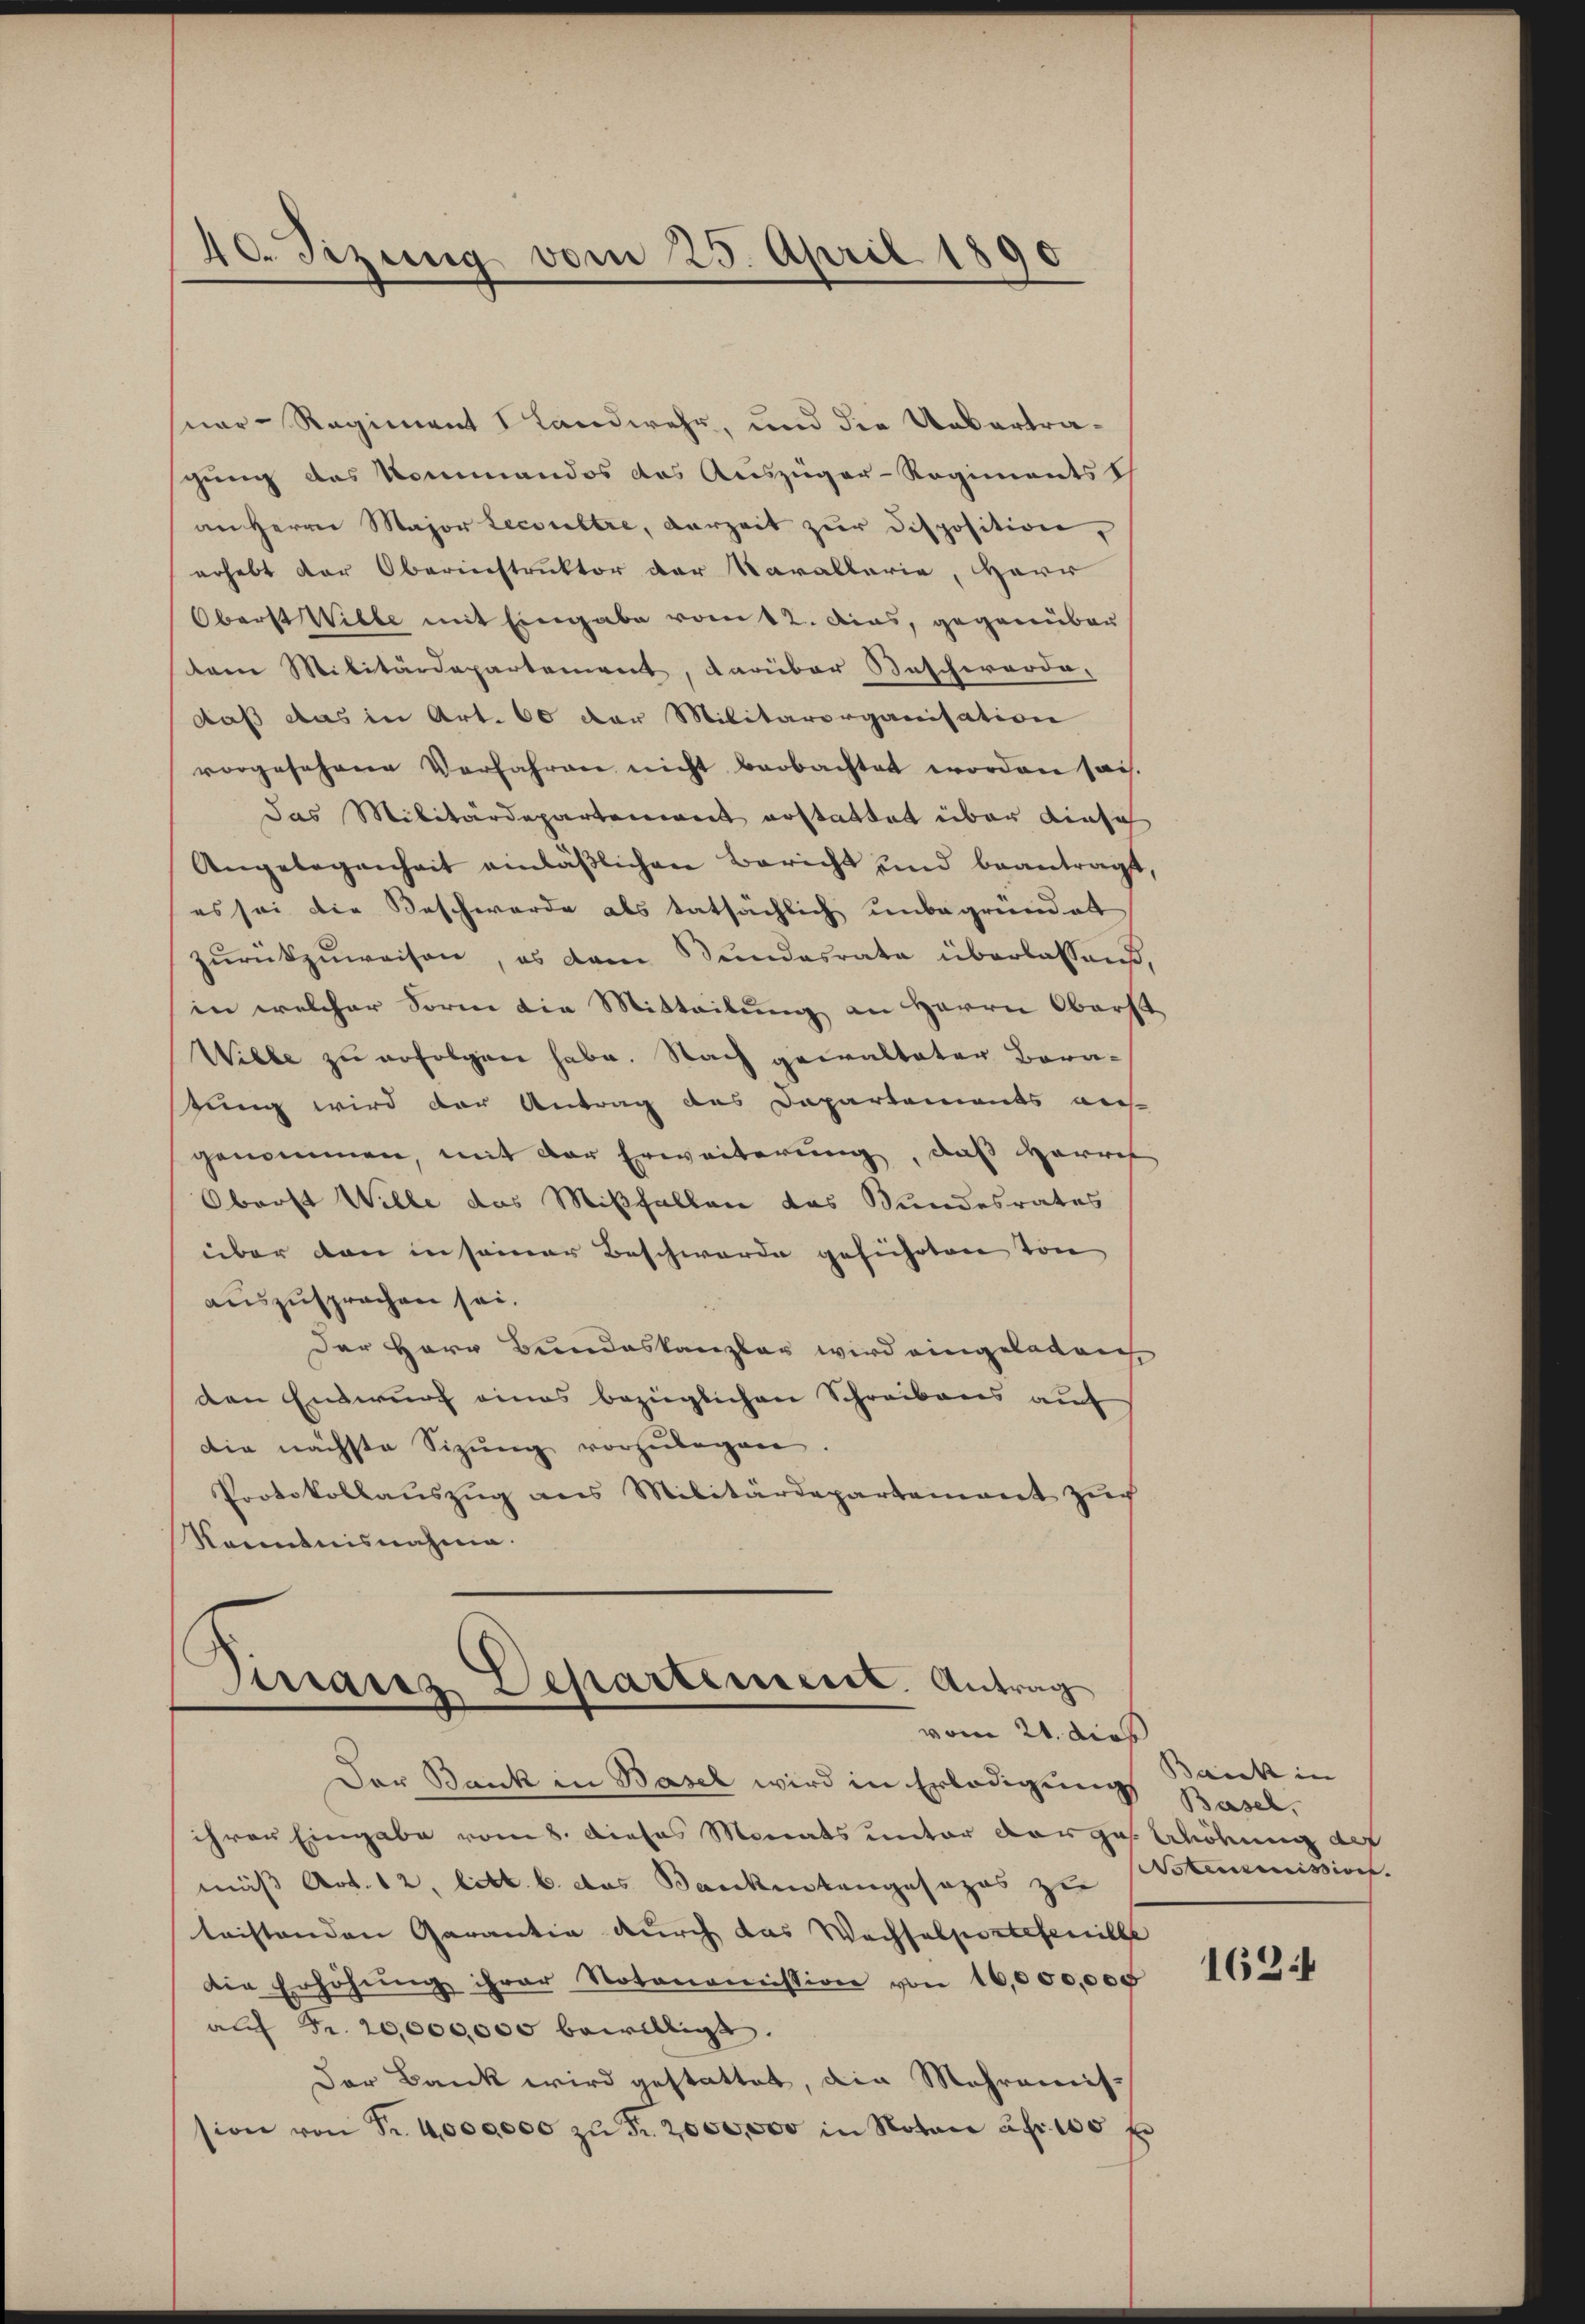
40. Sizung vom 25. April 1890

ner-Regiment Landwehr, und die Uebertragung das Kommandos das Auszüger-Regimentsch
an Herrn Major Lecoultre, derzeit zur Disposition,
erhebt der Oberinstruktor der Karallerie, Herr
Oberst Wille mit Eingabe vom 12. das, gegenüber
tem Militärdepartement, darüber Beschwerde-
daß das in Art. 60 der Militärorganisation
vorgesehene Verfahren nicht beobachtet worden sais.
das Militärdepartenweit erstattet über einsch
Angelegenheit einläßlichen Bericht und beantragt,
es sei die Beschwerde als tatsächlich unbegründet
zŭrückzŭweisen, es dem Bundesrate überlassen,
in welcher Form die Mitteilung an Herrn Oberst
Wiebe zu erfolgen habe. Nach gewalteter Beratung wird der Antrag des Departements auf
genommen, mit der Erweiterung, daß Herref
Oberst Wille das Mißfallen das Bundesrates
über den in seiner Beschwerde geführten von
auszusprochen sei.
Der Herr Bundeskanzlar wird eingeladen
den Entwurf eines bezüglichen Schreibens auf
die nächste Sitzung vorzulegen.
Protokollaŭszŭg ans Militärdepartement zŭch
Kenntnisnahme.

Pirraris Departement. Antrag
vom 21. dieß

Der Bank in Basel wird in Erledigung Basel,
ihrer Eingabe vom 8. Dieses Monats unter der ges. Abdrung auf
mäß Art. 12, litt. b. das Bankentangesezes zu
leistenden Garantin durch das Wachsalportetenille
die Erhöhŭng ihrer Notonomission von 16,000,000
auf Fr. 20,000,000 bewilligt.
Der Bank wird gestattet, die Mehramission von Fr. 4000000 zŭ Fr. 2000,000 in Notari apr. 100 f

Barck in
Aotemmissions.

1624